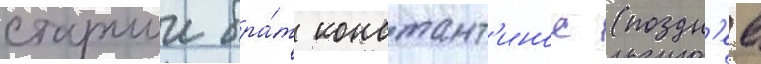
старшии бра́т констант'инос (поздн'ее